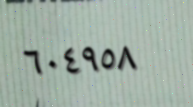
٦٠٤٩٥٨